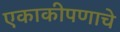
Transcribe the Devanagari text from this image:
एकाकीपणाचे